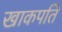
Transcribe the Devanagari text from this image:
खाकपति